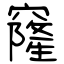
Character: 窿